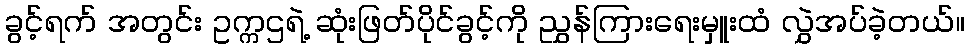
ခွင့်ရက် အတွင်း ဥက္ကဌရဲ့ ဆုံးဖြတ်ပိုင်ခွင့်ကို ညွှန်ကြားရေးမှူးထံ လွှဲအပ်ခဲ့တယ်။